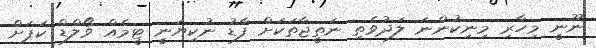
ނޫނީ މިހާރި މިނިކުންނަ ލަދުވެތި ނަތީޖާތަކަށް ފާޑު ނުކިޔަނީ ޓީމެއް ވޯލްޑް ކަޕަށް